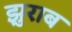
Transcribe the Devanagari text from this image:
झुराब